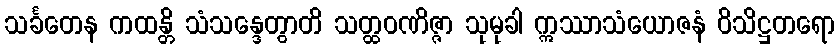
သင်္ခတေန ကထန္တိ သံသန္ဒေတွာတိ သတ္ထဝဏိဇ္ဇာ သုမုခါ ဣဿာသံယောဇနံ ဝိသိဋ္ဌတရော